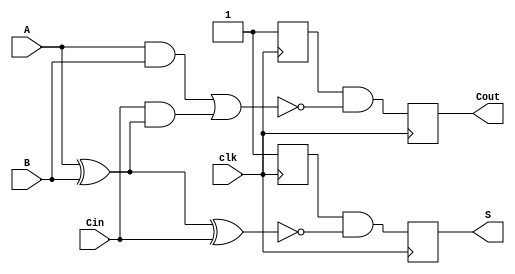
module dynamic_full_adder (
    input wire A,       // First input bit
    input wire B,       // Second input bit
    input wire Cin,     // Carry-in bit
    input wire clk,     // Clock signal
    output reg S,       // Sum output
    output reg Cout     // Carry-out output
);

    // Internal signals for precharge and evaluation
    reg S_precharge;
    reg Cout_precharge;

    // Precharge phase
    always @(negedge clk) begin
        S_precharge <= 1'b1;      // Precharge S to 1
        Cout_precharge <= 1'b1;    // Precharge Cout to 1
    end

    // Evaluation phase
    always @(posedge clk) begin
        // Evaluate sum output S
        S <= S_precharge & ~(A ^ B ^ Cin); // S = A  B  Cin
        // Evaluate carry-out output Cout
        Cout <= Cout_precharge & ~((A & B) | (Cin & (A ^ B))); // Cout = (A  B) + (Cin  (A  B))
    end

endmodule